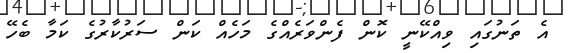
އެ ތަނުގައި ވިއްކޭނީ ކޮން ފެންވަރެއްގެ މަހެއް ކަން ސަރުކާރުގެ ކަމާ ބެހޭ